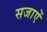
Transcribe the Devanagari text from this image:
सजाएें